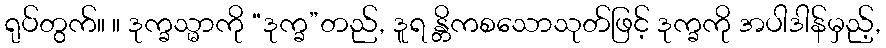
ရုပ်တွက်။ ။ ဒုက္ခသ္မာကို “ဒုက္ခ”တည်, ဒူရ န္တိကစသောသုတ်ဖြင့် ဒုက္ခကို အပါဒါန်မှည့်,